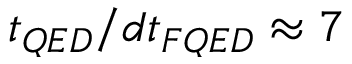
t _ { Q E D } / d t _ { F Q E D } \approx 7